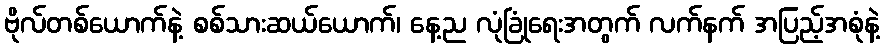
ဗိုလ်တစ်ယောက်နဲ့ စစ်သားဆယ်ယောက်၊ နေ့ည လုံခြုံရေးအတွက် လက်နက် အပြည့်အစုံနဲ့